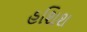
હશિશ